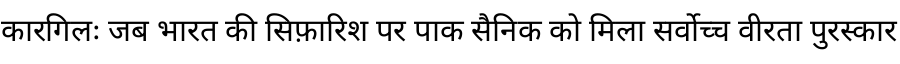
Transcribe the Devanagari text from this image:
कारगिलः जब भारत की सिफ़ारिश पर पाक सैनिक को मिला सर्वोच्च वीरता पुरस्कार